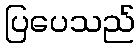
ပြပေသည်